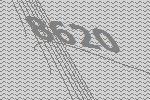
8620